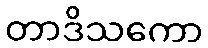
တာဒိသကော